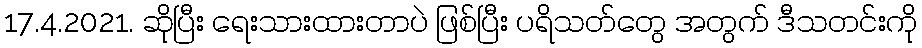
17.4.2021. ဆိုပြီး ရေးသားထားတာပဲ ဖြစ်ပြီး ပရိသတ်တွေ အတွက် ဒီသတင်းကို